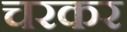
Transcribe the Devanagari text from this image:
चरकर